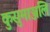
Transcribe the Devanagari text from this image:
कुसुमाञ्जलि